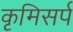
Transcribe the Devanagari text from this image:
कृमिसर्प